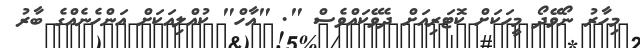
މިހާރު ނޯވޭދޯ މީހަކަށް ކޮޓަރިއަށް ދެވޭކައްވެސް ". "އާހް" ކުއްލިއަކަށް އަންހެނެއްގެ ބާރު